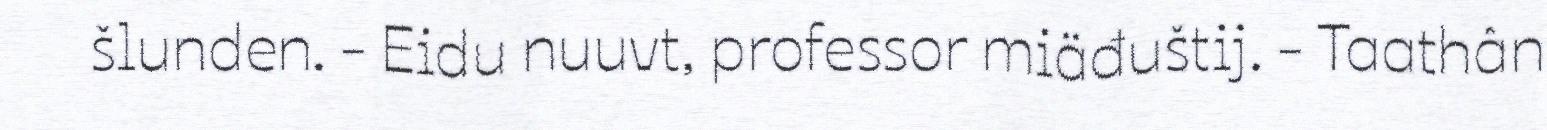
šlunden. - Eidu nuuvt, professor miäđuštij. - Taathân